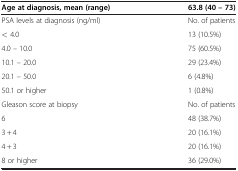
<table><thead><tr><td><b>Age at diagnosis, mean (range)</b></td><td><b>63.8 (40 – 73)</b></td></tr></thead><tbody><tr><td>PSA levels at diagnosis (ng/ml)</td><td>No. of patients</td></tr><tr><td>&lt; 4.0</td><td>13 (10.5%)</td></tr><tr><td>4.0 – 10.0</td><td>75 (60.5%)</td></tr><tr><td>10.1 – 20.0</td><td>29 (23.4%)</td></tr><tr><td>20.1 – 50.0</td><td>6 (4.8%)</td></tr><tr><td>50.1 or higher</td><td>1 (0.8%)</td></tr><tr><td>Gleason score at biopsy</td><td>No. of patients</td></tr><tr><td>6</td><td>48 (38.7%)</td></tr><tr><td>3 + 4</td><td>20 (16.1%)</td></tr><tr><td>4 + 3</td><td>20 (16.1%)</td></tr><tr><td>8 or higher</td><td>36 (29.0%)</td></tr></tbody></table>